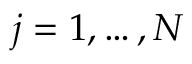
j = 1 , \dots , N